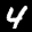
Label: 4